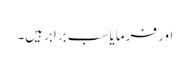
اور فرمایا سب برابرہیں۔